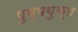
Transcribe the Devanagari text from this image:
पुष्पयुक्त